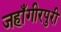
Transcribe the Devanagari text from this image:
जहाँगीरपुरी